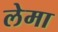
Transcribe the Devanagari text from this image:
लेमा